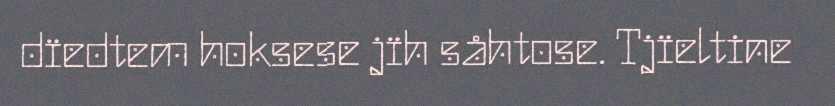
dïedtem hoksese jïh såhtose. Tjïeltine